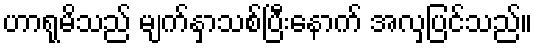
ဟာရုမိသည် မျက်နှာသစ်ပြီးနောက် အလှပြင်သည်။